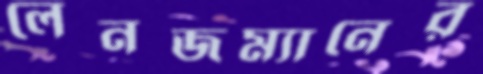
লেনজম্যানের